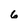
Character: 6